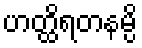
ဟတ္ထိရတနမ္ပိ